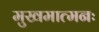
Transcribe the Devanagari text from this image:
मुखमात्मनः